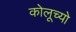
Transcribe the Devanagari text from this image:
कोलूच्यो